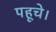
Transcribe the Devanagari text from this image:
पहूचे।